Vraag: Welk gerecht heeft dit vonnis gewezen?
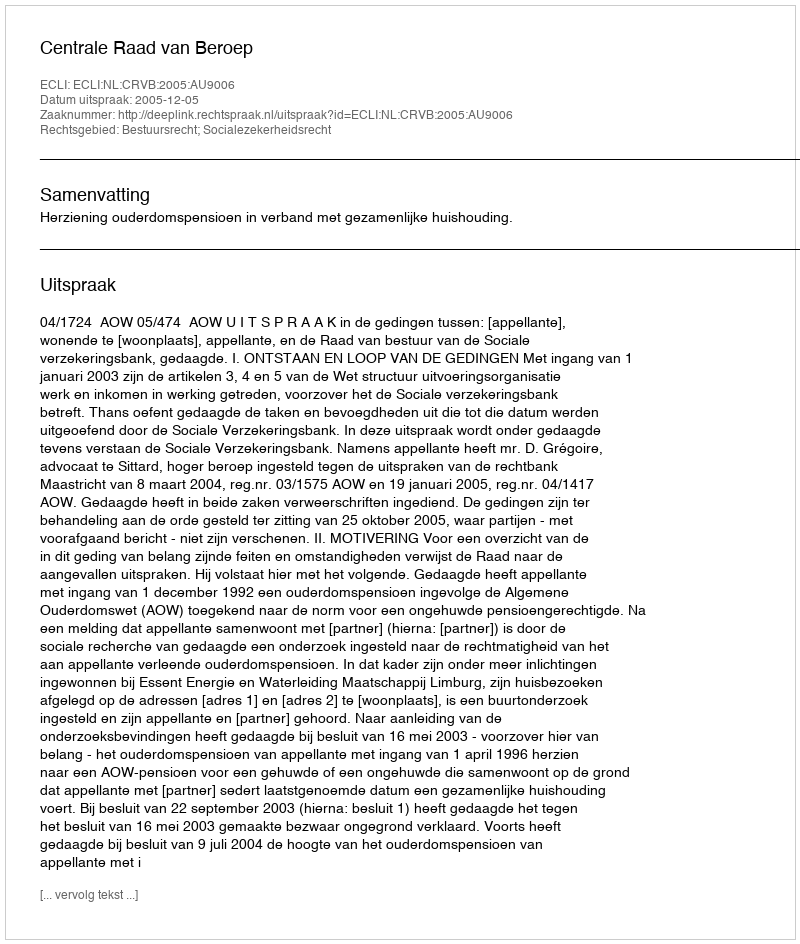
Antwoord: Centrale Raad van Beroep